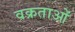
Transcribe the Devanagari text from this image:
वक्रताओं